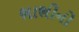
ભાભીનો